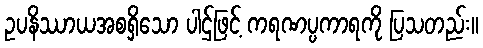
ဥပနိဿာယအစရှိသော ပါဌ်ဖြင့် ကရဏပ္ပကာရကို ပြသတည်း။